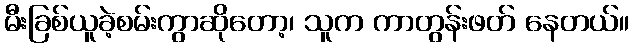
မီးခြစ်ယူခဲ့စမ်းကွာဆိုတော့၊ သူက ကာတွန်းဖတ် နေတယ်။